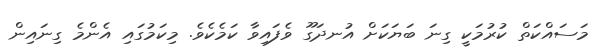
މަސައްކަތް ކުރުމަކީ ގިނަ ބަޔަކަށް އުނދަގޫ ވެފައިވާ ކަމެކެވެ. މިކަމުގައި އެންމެ ގިނައިން